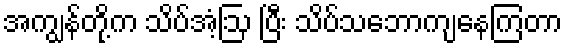
အကျွန်တို့က သိပ်အံ့ဩ ပြီး သိပ်သဘောကျနေကြတာ